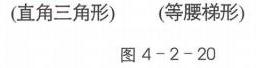
(直角三角形) (等腰梯形)
图4 - 2 - 20